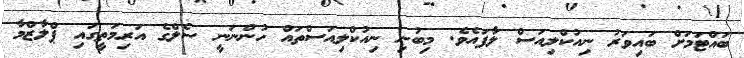
ބައްޓަމަށް ބައިވަރު ނިއުކްލިއަސް ލާފައެވެ. މިބުނި ނިއުކްލިއަސްތައް ހުންނަނީ ސެލްގެ އަރިމަތީގައި ޕްލާޒްމާ